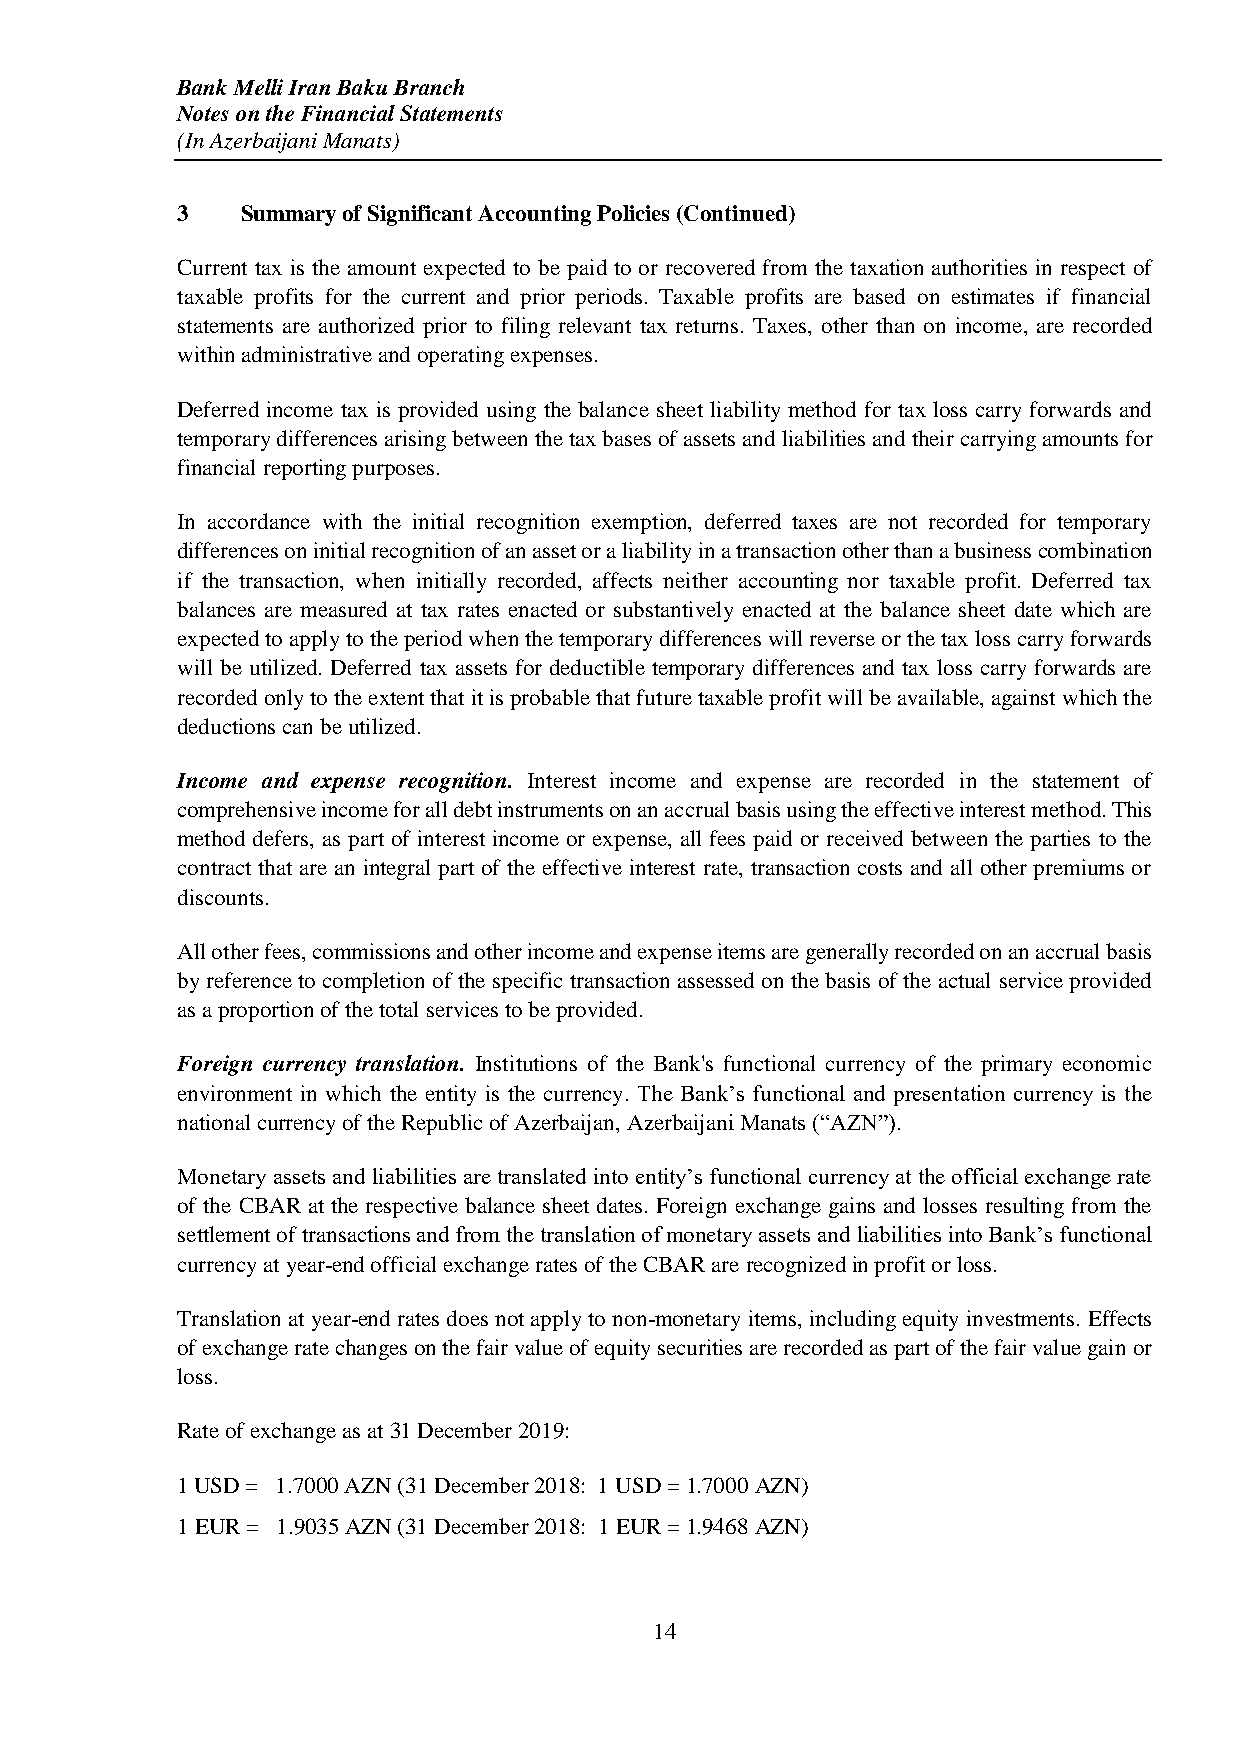
Bank Melli Iran Baku Branch
 Notes on the Financial Statements
 (In Azerbaijani Manats)
 3   Summary of Significant Accounting Policies (Continued)
 Current tax is the amount expected to be paid to or recovered from the taxation authorities in respect of
 taxable profits for the current and prior periods. Taxable profits are based on estimates if financial
 statements are authorized prior to filing relevant tax returns. Taxes, other than on income, are recorded
 within administrative and operating expenses.
 Deferred income tax is provided using the balance sheet liability method for tax loss carry forwards and
 temporary differences arising between the tax bases of assets and liabilities and their carrying amounts for
 financial reporting purposes.
 In accordance with the initial recognition exemption, deferred taxes are not recorded for temporary
 differences on initial recognition of an asset or a liability in a transaction other than a business combination
 if the transaction, when initially recorded, affects neither accounting nor taxable profit. Deferred tax
 balances are measured at tax rates enacted or substantively enacted at the balance sheet date which are
 expected to apply to the period when the temporary differences will reverse or the tax loss carry forwards
 will be utilized. Deferred tax assets for deductible temporary differences and tax loss carry forwards are
 recorded only to the extent that it is probable that future taxable profit will be available, against which the
 deductions can be utilized.
 Income and expense recognition. Interest income and expense are recorded in the statement of
 comprehensive income for all debt instruments on an accrual basis using the effective interest method. This
 method defers, as part of interest income or expense, all fees paid or received between the parties to the
 contract that are an integral part of the effective interest rate, transaction costs and all other premiums or
 discounts.
 All other fees, commissions and other income and expense items are generally recorded on an accrual basis
 by reference to completion of the specific transaction assessed on the basis of the actual service provided
 as a proportion of the total services to be provided.
 Foreign currency translation. Institutions of the Bank's functional currency of the primary economic
 environment in which the entity is the currency. The Bank’s functional and presentation currency is the
 national currency of the Republic of Azerbaijan, Azerbaijani Manats (“AZN”).
 Monetary assets and liabilities are translated into entity’s functional currency at the official exchange rate
 of the CBAR at the respective balance sheet dates. Foreign exchange gains and losses resulting from the
 settlement of transactions and from the translation of monetary assets and liabilities into Bank’s functional
 currency at year-end official exchange rates of the CBAR are recognized in profit or loss.
 Translation at year-end rates does not apply to non-monetary items, including equity investments. Effects
 of exchange rate changes on the fair value of equity securities are recorded as part of the fair value gain or
 loss.
 Rate of exchange as at 31 December 2019:
 1 USD = 1.7000 AZN (31 December 2018: 1 USD = 1.7000 AZN)
 1 EUR = 1.9035 AZN (31 December 2018: 1 EUR = 1.9468 AZN)
 14